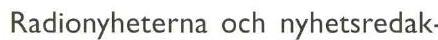
Radionyheterna och nyhetsredak